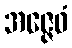
အဇ္ဇေဝံ